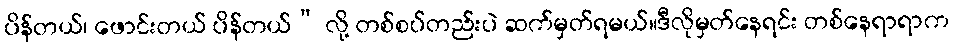
ပိန်တယ်၊ ဖောင်းတယ် ပိန်တယ်” လို့ တစ်စပ်တည်းပဲ ဆက်မှတ်ရမယ်။ဒီလိုမှတ်နေရင်း တစ်နေရာရာက